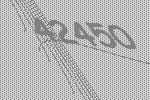
42450